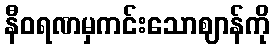
နီဝရဏမှကင်းသောဈာန်ကို